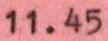
11.45